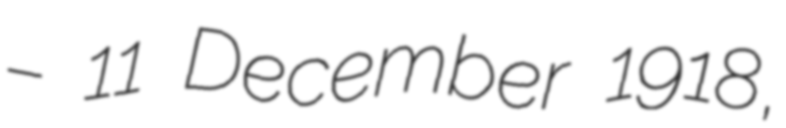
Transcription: – 11 December 1918,